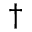
^ \dag